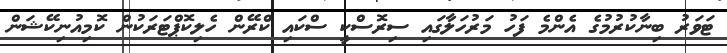
ޓަވަރު ބިނާކުރުމުގެ އެންމެ ފަހު މަރުހަލާގައި ސިރޮސްކީ ސްކައި ކްރޭން ހެލިކޮޕްޓަރަކުން ކޮމިއުނިކޭޝަން